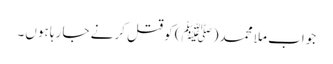
جواب ملا محمد(ﷺ) کو قتل کرنے جا رہا ہوں۔